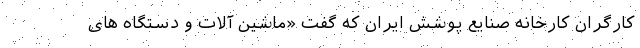
کارگران کارخانه صنایع پوشش ایران که گفت «ماشین آلات و دستگاه های